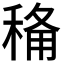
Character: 𮃏